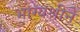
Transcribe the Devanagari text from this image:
भाग्यश्रीने